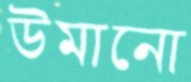
উমানো